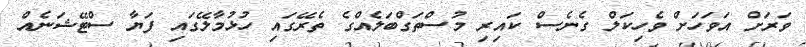
ވަރަށް އަވަހަށް ވެހިކަލް ގެނެސް ކައިރި މުސްތަގްބަލެއްގެ ތެރޭގައި ހުޅުމާލޭގައި ފަޔާ ސްޓޭޝަނެއް